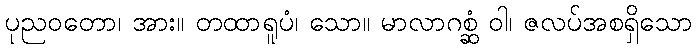
ပုညဝတော၊ အား။ တထာရူပံ၊ သော။ မာလာဂစ္ဆံ ဝါ၊ ဇလပ်အစရှိသော